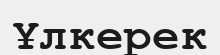
Ұлкерек